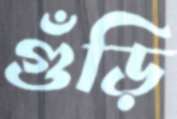
গুঁড়ি